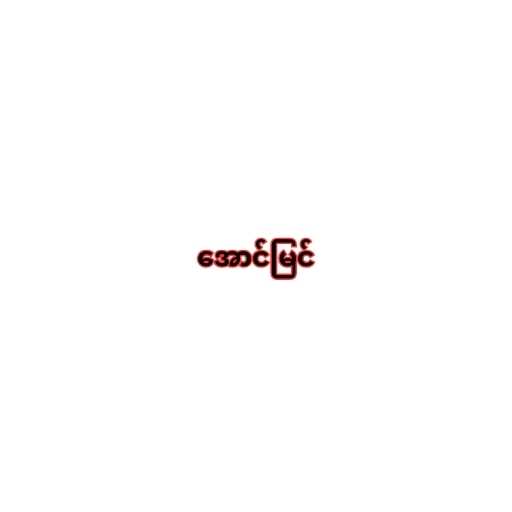
အောင်မြင်